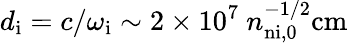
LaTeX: d_{\mathrm{i}}=c/\omega_{\mathrm{i}}\sim 2\times 10^{7}~n_{\mathrm{n{i,}0}}^{-1/2}\mathrm{cm}